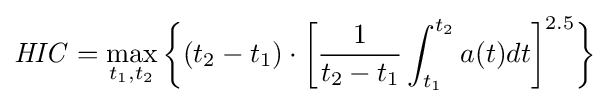
{\mathit {H}}{\mathit {I}}{\mathit {C}}=\max _{t_{1},t_{2}}{\bigg \{}(t_{2}-t_{1})\cdot {\bigg [}{\frac {1}{t_{2}-t_{1}}}\int _{t_{1}}^{t_{2}}a(t)dt{\bigg ]}^{2.5}{\bigg \}}